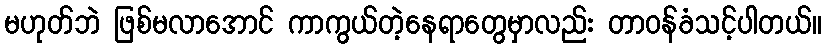
မဟုတ်ဘဲ ဖြစ်မလာအောင် ကာကွယ်တဲ့နေရာတွေမှာလည်း တာဝန်ခံသင့်ပါတယ်။